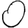
Digit: 0